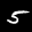
Label: 5